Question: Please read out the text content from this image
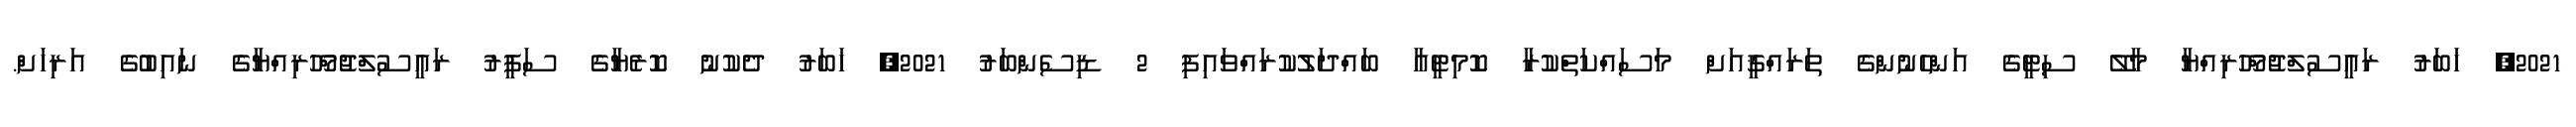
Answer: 2021, ޚަބަރު ރައީސުލްޖުމްހޫރިއްޔާ މާލޭ ސިޓީގެ އަންހެނުންގެ ތަރައްޤީއަށް މަސައްކަތްކުރާ ކޮމިޓީއާ ބައްދަލުކުރައްވައިފި 2 ޑިސެންބަރު 2021, ޚަބަރު ދެކުނު ކޮރެޔާގެ ސަފީރު ރައީސުލްޖުމްހޫރިއްޔާގެ ނައިބުގެ އަރިހަށް.